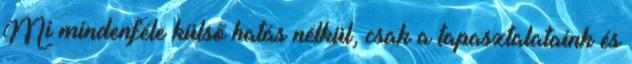
Mi mindenféle külső hatás nélkül, csak a tapasztalataink és